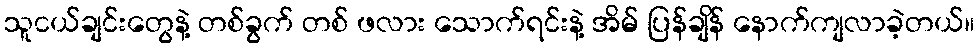
သူငယ်ချင်းတွေနဲ့ တစ်ခွက် တစ် ဖလား သောက်ရင်းနဲ့ အိမ် ပြန်ချိန် နောက်ကျလာခဲ့တယ်။